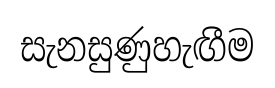
සැනසුණුහැඟීම